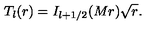
T _ { l } ( r ) = I _ { l + 1 / 2 } ( M r ) \sqrt { r } .